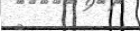
٥